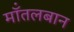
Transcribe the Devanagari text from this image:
मॉंतलबान